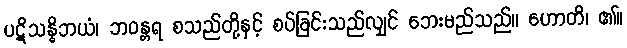
ပဋိသန္ဓိဘယံ၊ ဘဝန္တရ စသည်တို့နှင့် စပ်ခြင်းသည်လျှင် ဘေးမည်သည်။ ဟောတိ၊ ၏။